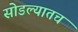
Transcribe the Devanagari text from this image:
सोडल्यातच